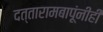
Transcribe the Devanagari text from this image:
दत्तारामबापूंनीही